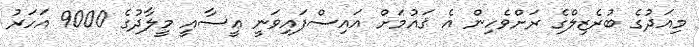
މިއަދުގެ ބުރެޒިލްގެ ރަށްވެހިން އެ ޤައުމަށް އައިސްފައިވަނީ ޢީސާއީ މީލާދުގެ 9000 އަހަރު